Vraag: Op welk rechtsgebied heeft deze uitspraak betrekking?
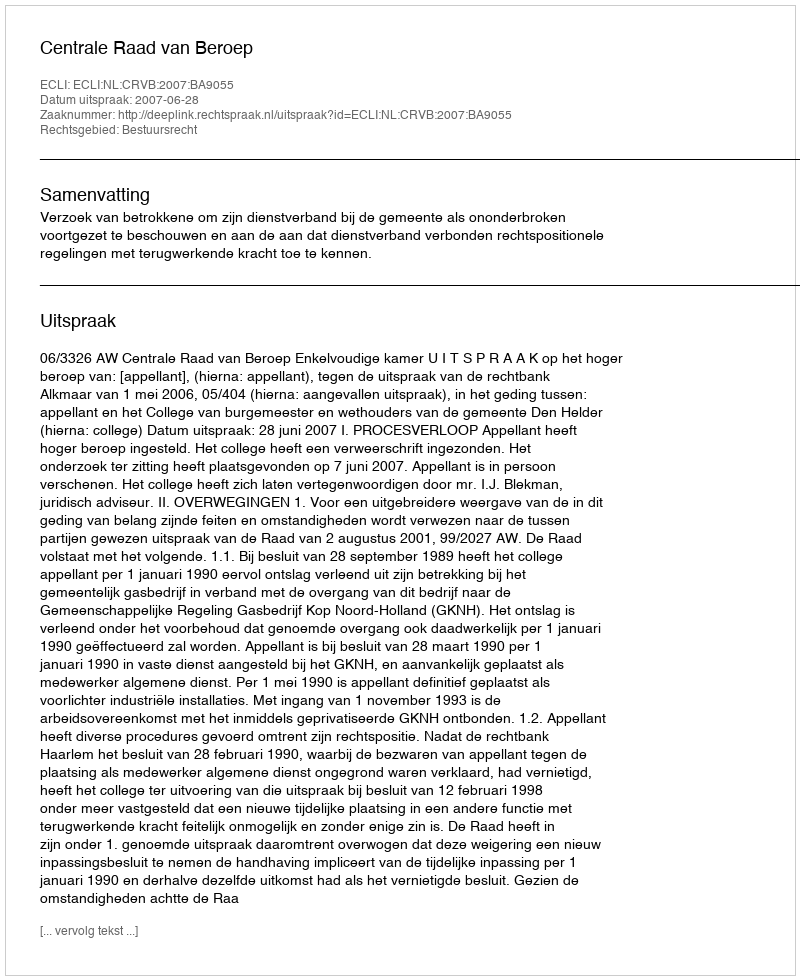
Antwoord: Bestuursrecht